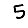
Digit: 5